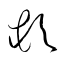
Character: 頓